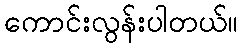
ကောင်းလွန်းပါတယ်။